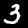
Digit: 3